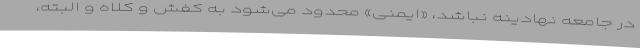
در جامعه نهادینه نباشد، «ایمنی» محدود می‌شود به کفش و کلاه و البته،